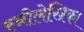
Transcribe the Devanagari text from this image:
स्त्रीलेखिका